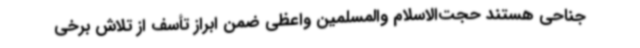
جناحی هستند حجت‌الاسلام والمسلمین واعظی ضمن ابراز تأسف از تلاش برخی